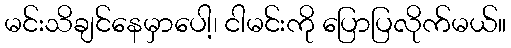
မင်းသိချင်နေမှာပေါ့၊ ငါမင်းကို ပြောပြလိုက်မယ်။